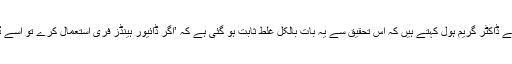
تحقیق کے سربراہ یونیورسٹی آف سسیکس کے ڈاکٹر گریم ہول کہتے ہیں کہ اس تحقیق سے یہ بات بالکل غلط ثابت ہو گئی ہے کہ ’اگر ڈائیور ہینڈز فری استعمال کرے تو اسے ڈرائیونگ کے دوران کوئی مسئلہ نہیں ہو گا۔